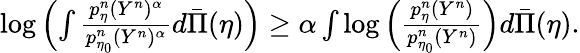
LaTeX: \begin{array}{r}{\log\left(\int\frac{p_{\eta}^{n}(Y^{n})^{\alpha}}{p_{\eta_{0}}^{n}(Y^{n})^{\alpha}}d\bar{\Pi}(\eta)\right)\geq\alpha\int\log\left(\frac{p_{\eta}^{n}(Y^{n})}{p_{\eta_{0}}^{n}(Y^{n})}\right)d\bar{\Pi}(\eta).}\end{array}